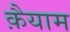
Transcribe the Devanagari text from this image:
क़ैयाम